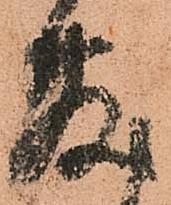
敷